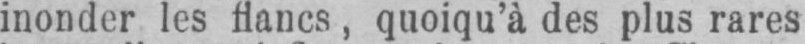
inonder les flancs, quoiqu’à des plus rares